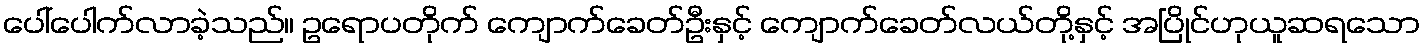
ပေါ်ပေါက်လာခဲ့သည်။ ဥရောပတိုက် ကျောက်ခေတ်ဦးနှင့် ကျောက်ခေတ်လယ်တို့နှင့် အပြိုင်ဟုယူဆရသော